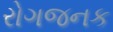
રોગજનક